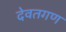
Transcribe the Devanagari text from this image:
देवतगण